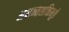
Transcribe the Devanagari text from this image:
अनन्तशक्तिभूते